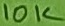
Text: 10K